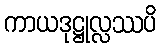
ကာယဒုဋ္ဌုလ္လဿပိ